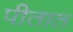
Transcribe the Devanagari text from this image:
पीतात